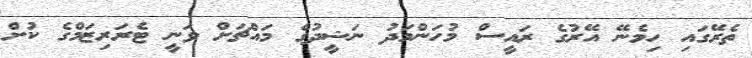
ތެރޭގައި ހިމެނޭ އޭރުގެ ރައީސް މުހަންމަދު ނަޝީދުގެ މައްޗަށް ވަނީ ޓެރަރިޒަމްގެ ކުށް